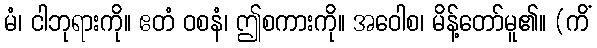
မံ၊ ငါဘုရားကို။ ဧတံ ဝစနံ၊ ဤစကားကို။ အဝေါစ၊ မိန့်တော်မူ၏။ (ကိံ